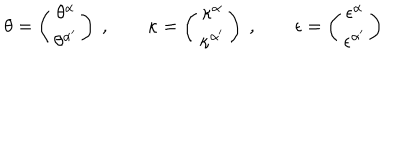
LaTeX: \theta = \left( \begin{matrix} { { \theta ^ { \alpha } } } \\ { { \theta ^ { \alpha ^ { \prime } } } } \\ \end{matrix} \right) \ , \qquad \kappa = \left( \begin{matrix} { { \kappa ^ { \alpha } } } \\ { { \kappa ^ { \alpha ^ { \prime } } } } \\ \end{matrix} \right) \ , \qquad \epsilon = \left( \begin{matrix} { { \epsilon ^ { \alpha } } } \\ { { \epsilon ^ { \alpha ^ { \prime } } } } \\ \end{matrix} \right)